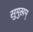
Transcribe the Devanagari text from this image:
सुमुखम्